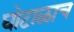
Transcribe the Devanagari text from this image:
घोटाळाच